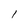
Character: l